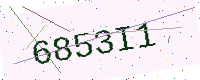
Text: 6853I1